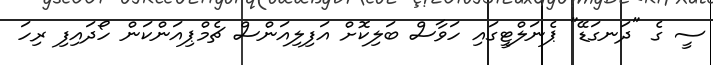
ސީ ގެ "ދަނގަޑޭ" ޕެނަލްޓީގައި ހަވާސް ބަލިކޮށް އަފިލިއަންސް ޗެމްޕިއަންކަން ހޯދައިފި ރިހަ